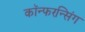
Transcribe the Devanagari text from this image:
कॉन्फरन्सिंग